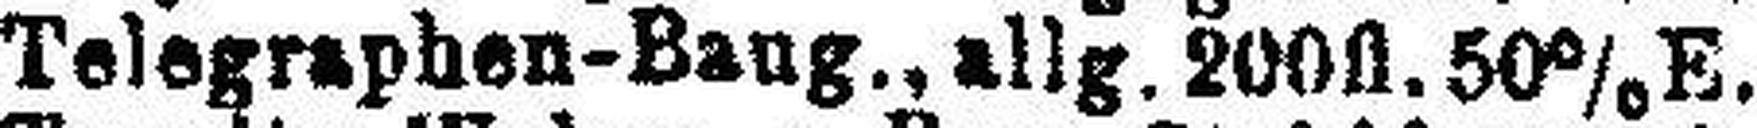
Telegraphen-Baug., allg. 200fl. 50% E.